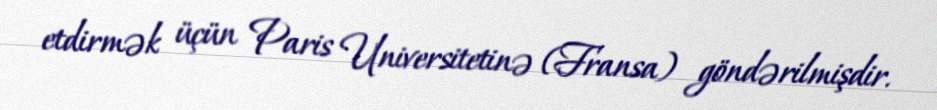
etdirmək üçün Paris Universitetinə (Fransa) göndərilmişdir.